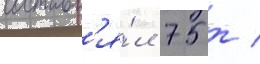
составл'я́л 75 т /